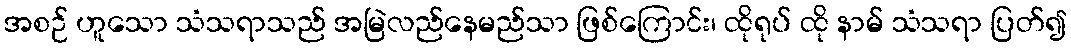
အစဉ် ဟူသော သံသရာသည် အမြဲလည်နေမည်သာ ဖြစ်ကြောင်း၊ ထိုရုပ် ထို နာမ် သံသရာ ပြတ်၍